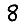
Digit: 8